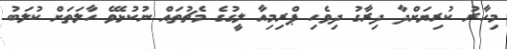
މިހާރު ކުރިޔަށްދާ ދިރާގު ދިވެހި ޕްރިމިއާ ލީގުގެ މެޗުތައް ނުކުޅެވޭ ހާލަތަށް ކުލަބު